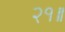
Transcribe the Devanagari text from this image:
२१॥